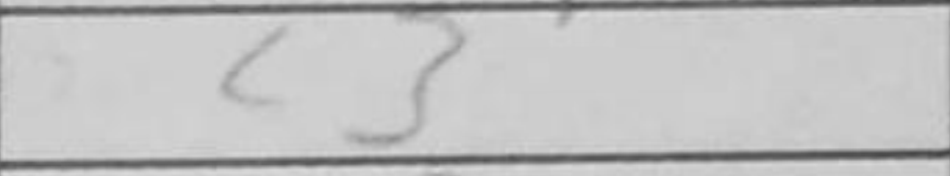
Transcription: c3